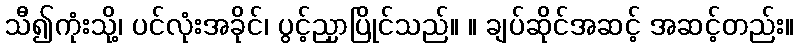
သီ၍ကုံးသို့၊ ပင်လုံးအခိုင်၊ ပွင့်ညှာပြိုင်သည်။ ။ ချပ်ဆိုင်အဆင့် အဆင့်တည်း။